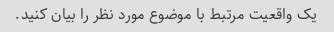
یک واقعیت مرتبط با موضوع مورد نظر را بیان کنید.